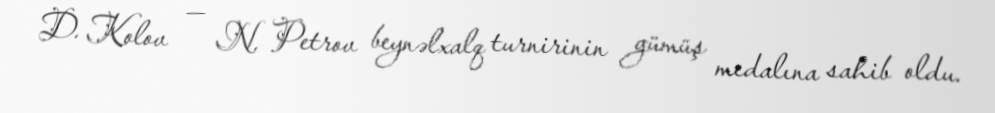
D. Kolov — N. Petrov beynəlxalq turnirinin gümüş medalına sahib oldu.